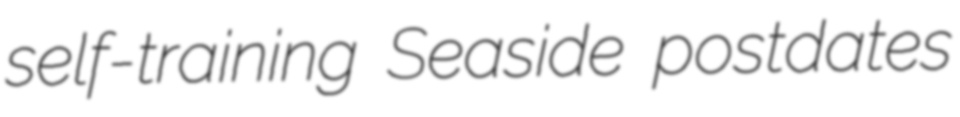
self-training Seaside postdates